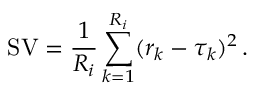
\operatorname { S V } = \frac { 1 } { R _ { i } } \sum _ { k = 1 } ^ { R _ { i } } ( r _ { k } - \tau _ { k } ) ^ { 2 } \, .